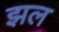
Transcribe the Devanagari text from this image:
झल